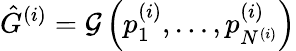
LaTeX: \hat{G}^{(i)}=\mathcal{G}\left(p_{1}^{(i)},\dots,p_{N^{(i)}}^{(i)}\right)